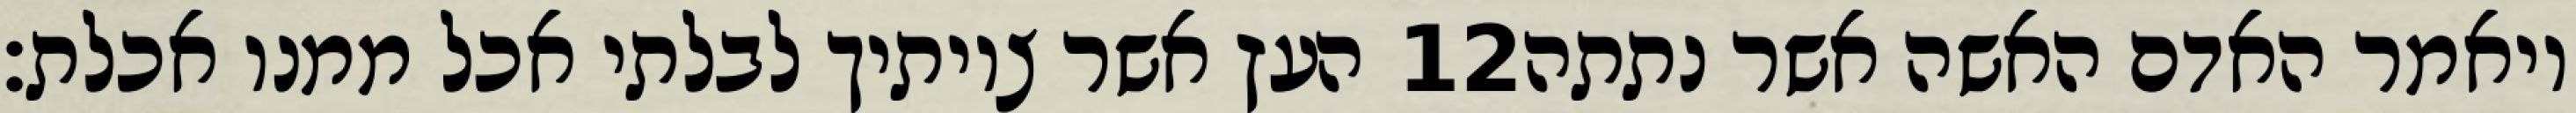
העץ אשר צויתיך לבלתי אכל ממנו אכלת׃ ‎12‏ ויאמר האדם האשה אשר נתתה